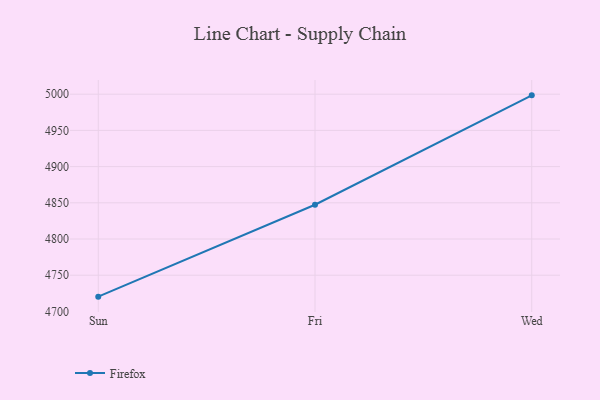
{"axis": {"x": "Day", "y": "Demand Index"}, "legend": ["Firefox"], "data": [{"x": "Sun", "y": 4720.4, "type": "Firefox"}, {"x": "Fri", "y": 4847.3, "type": "Firefox"}, {"x": "Wed", "y": 4998.4, "type": "Firefox"}]}